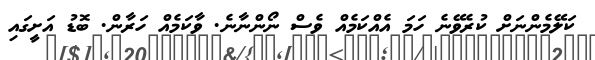
ކަލޭމެންނަށް ކުރެވޭނެ ހަމަ އެއްކަމެއް ވެސް ނޯންނާނެ. ވާކަމެއް ހަރާން. ބޮޑު އަށީގައި